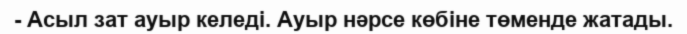
- Асыл зат ауыр келеді. Ауыр нәрсе көбіне төменде жатады.